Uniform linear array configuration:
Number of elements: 32
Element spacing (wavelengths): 0.75
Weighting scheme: blackman
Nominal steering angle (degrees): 30
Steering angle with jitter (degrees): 29.152
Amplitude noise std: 0.05
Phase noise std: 0.05

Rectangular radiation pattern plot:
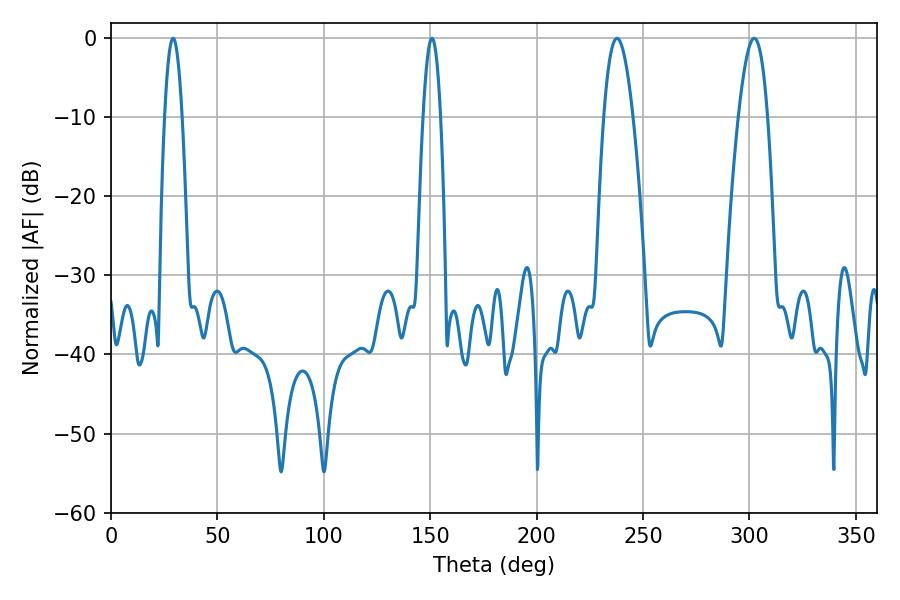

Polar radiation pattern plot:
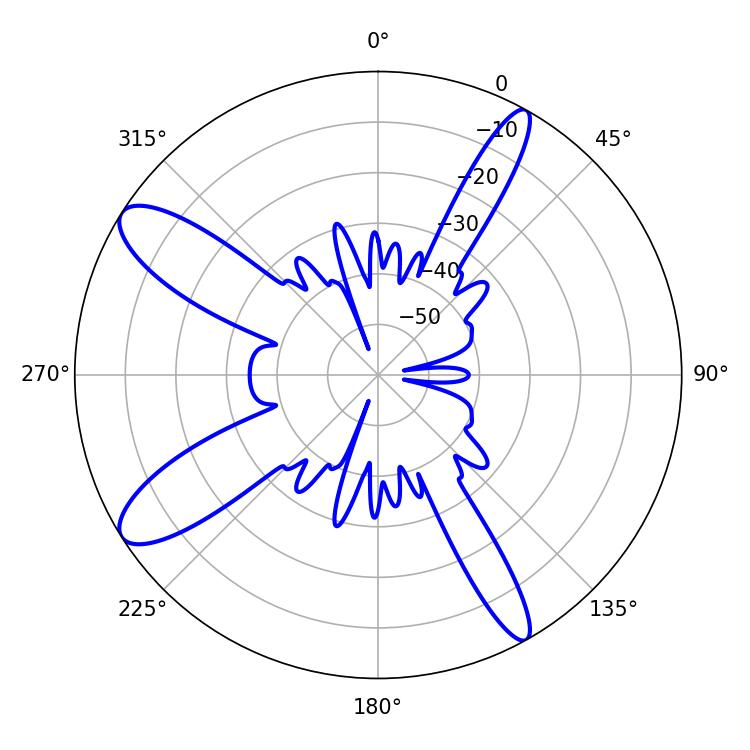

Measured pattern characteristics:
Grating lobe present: TRUE
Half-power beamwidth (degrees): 7.56
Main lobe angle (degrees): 237.78